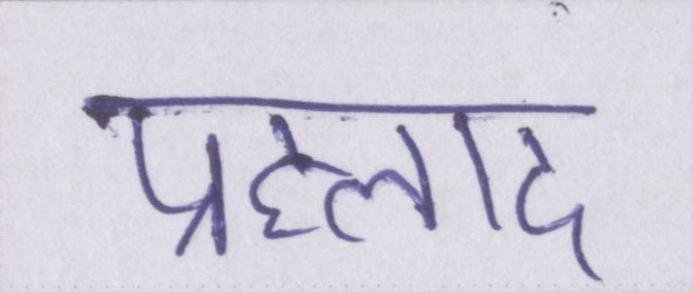
प्रह्लाद